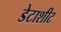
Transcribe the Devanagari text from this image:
डेटाशीट